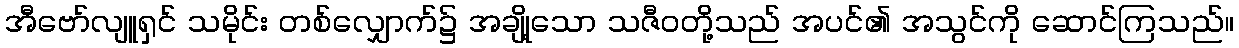
အီဗော်လျူရှင် သမိုင်း တစ်လျှောက်၌ အချို့သော သဇီဝတို့သည် အပင်၏ အသွင်ကို ဆောင်ကြသည်။